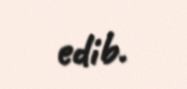
edib.